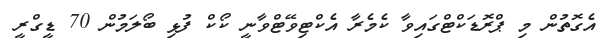
އެގޮތުން މި ޕްރޮޑަކްޓްގައިވާ ކެމެރާ އެކްޓިވޭޓްވާނީ ކޯކް ފުޅި ބޯލަމުން 70 ޑީގްރީ